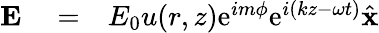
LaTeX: \begin{array}{rlr}{{\mathbf E}}&{{}=}&{E_{0}u(r,z)\mathrm{e}^{im\phi}\mathrm{e}^{i(kz-\omega t)}\hat{\mathbf x}}\end{array}